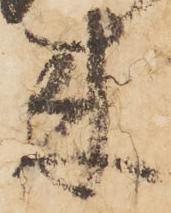
来